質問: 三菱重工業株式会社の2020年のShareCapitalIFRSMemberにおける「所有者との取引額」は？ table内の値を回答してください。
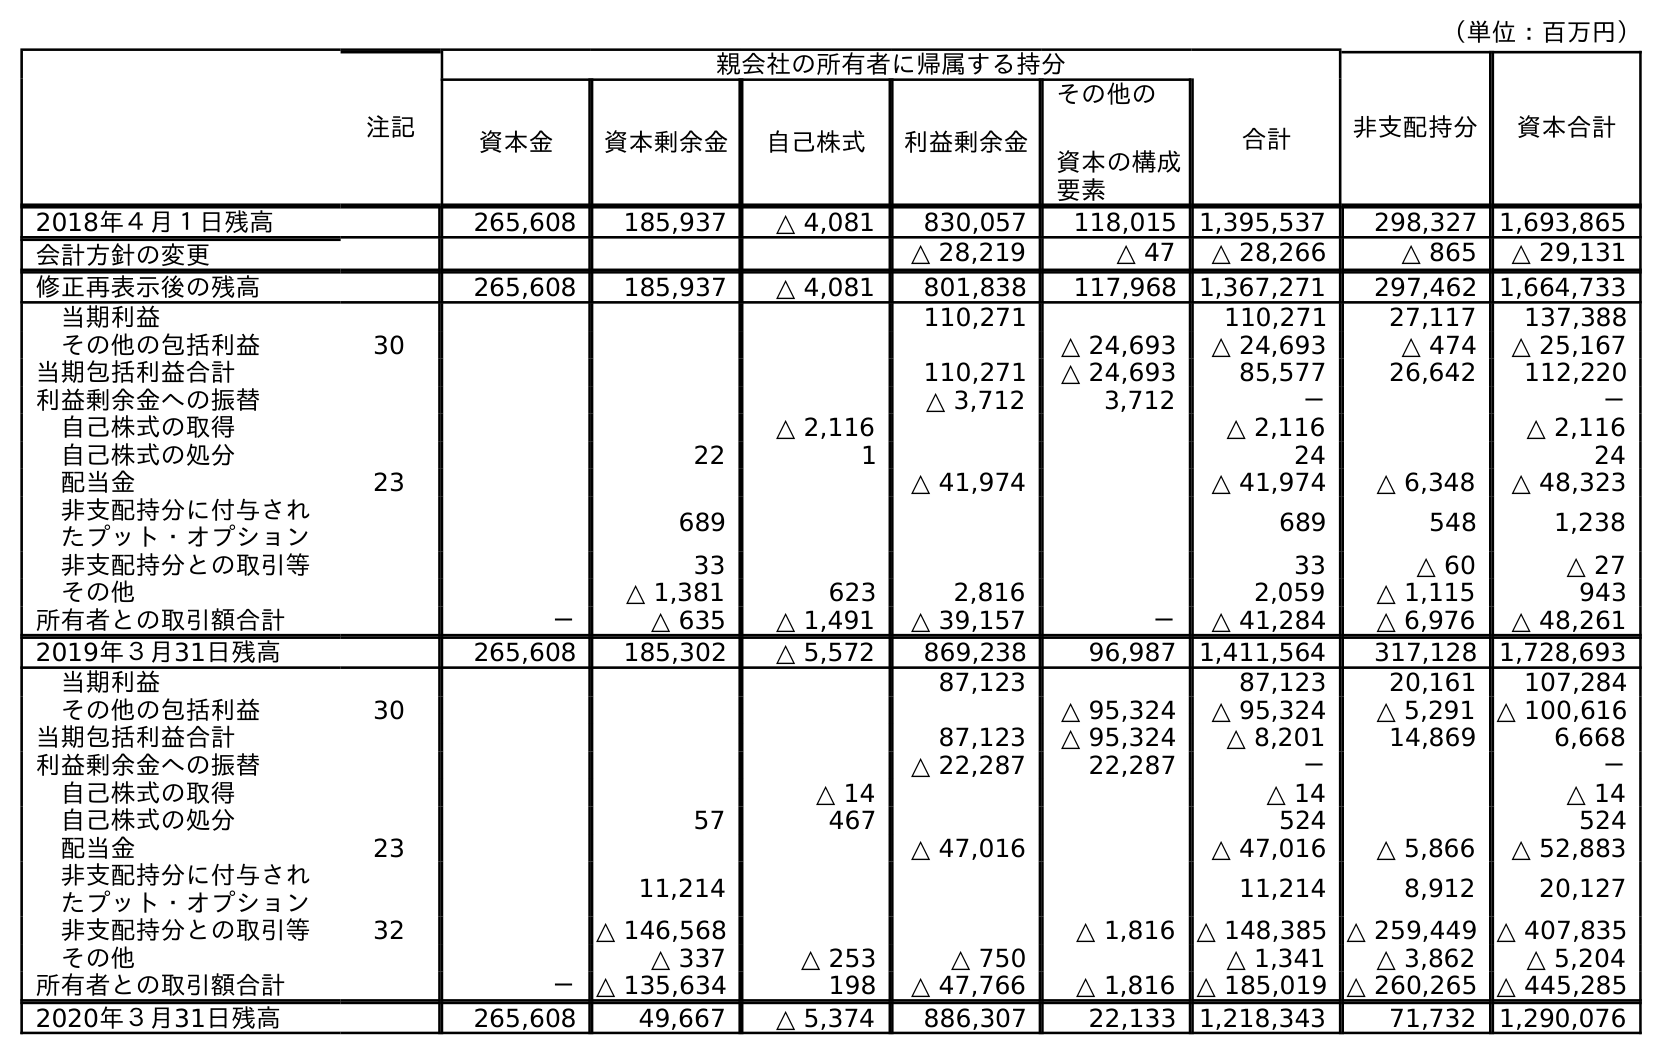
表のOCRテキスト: （単位：百万円） 注記 親会社の所有者に帰属する持分 非支配持分 資本合計 資本金 資本剰余金 自己株式 利益剰余金 その他の 資本の構成 要素 合計 2018年４月１日残高 265,608 185,937 △ 4,081 830,057 118,015 1,395,537 298,327 1,693,865 会計方針の変更 △ 28,219 △ 47 △ 28,266 △ 865 △ 29,131 修正再表示後の残高 265,608 185,937 △ 4,081 801,838 117,968 1,367,271 297,462 1,664,733 当期利益 110,271 110,271 27,117 137,388 その他の包括利益 30 △ 24,693 △ 24,693 △ 474 △ 25,167 当期包括利益合計 110,271 △ 24,693 85,577 26,642 112,220 利益剰余金への振替 △ 3,712 3,712 － － 自己株式の取得 △ 2,116 △ 2,116 △ 2,116 自己株式の処分 22 1 24 24 配当金 23 △ 41,974 △ 41,974 △ 6,348 △ 48,323 非支配持分に付与され たプット・オプション 689 689 548 1,238 非支配持分との取引等 33 33 △ 60 △ 27 その他 △ 1,381 623 2,816 2,059 △ 1,115 943 所有者との取引額合計 － △ 635 △ 1,491 △ 39,157 － △ 41,284 △ 6,976 △ 48,261 2019年３月31日残高 265,608 185,302 △ 5,572 869,238 96,987 1,411,564 317,128 1,728,693 当期利益 87,123 87,123 20,161 107,284 その他の包括利益 30 △ 95,324 △ 95,324 △ 5,291 △ 100,616 当期包括利益合計 87,123 △ 95,324 △ 8,201 14,869 6,668 利益剰余金への振替 △ 22,287 22,287 － － 自己株式の取得 △ 14 △ 14 △ 14 自己株式の処分 57 467 524 524 配当金 23 △ 47,016 △ 47,016 △ 5,866 △ 52,883 非支配持分に付与され たプット・オプション 11,214 11,214 8,912 20,127 非支配持分との取引等 32 △ 146,568 △ 1,816 △ 148,385 △ 259,449 △ 407,835 その他 △ 337 △ 253 △ 750 △ 1,341 △ 3,862 △ 5,204 所有者との取引額合計 － △ 135,634 198 △ 47,766 △ 1,816 △ 185,019 △ 260,265 △ 445,285 2020年３月31日残高 265,608 49,667 △ 5,374 886,307 22,133 1,218,343 71,732 1,290,076
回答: －